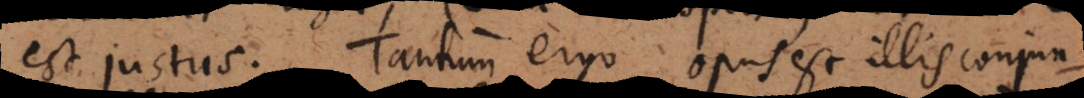
est justus. Tantum ergo opus est illis conjun